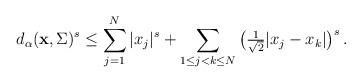
LaTeX: \begin{align*} d_{\alpha}({\bf x},\Sigma)^{s}\le \sum_{j=1}^N|x_j|^{s} +\sum_{1\le j<k\le N}\big(\tfrac{1}{\sqrt{2}}|x_j-x_k|\big)^{s}\,.\end{align*}